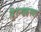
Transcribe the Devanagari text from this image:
हिरन्यकस्यप